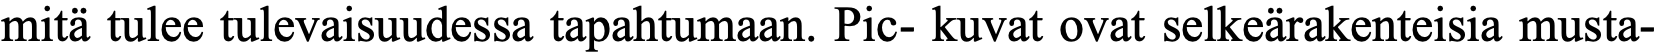
mitä tulee tulevaisuudessa tapahtumaan. Pic- kuvat ovat selkeärakenteisia musta-